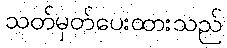
သတ်မှတ်ပေးထားသည်